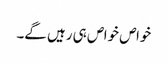
خواص خواص ہی رہیں گے۔